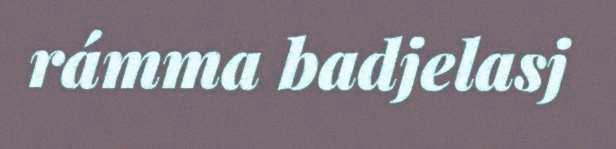
rámma badjelasj